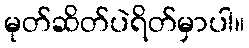
မုတ်ဆိတ်ပဲရိတ်မှာပါ။